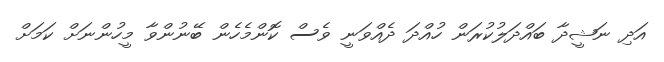
އަދި ނަޝީދާ ބައްދަލުކުރަން ހުއްދަ ދެއްވަނީ ވެސް ކޮންމެހެން ބޭނުންވާ މީހުންނަށް ކަމަށް